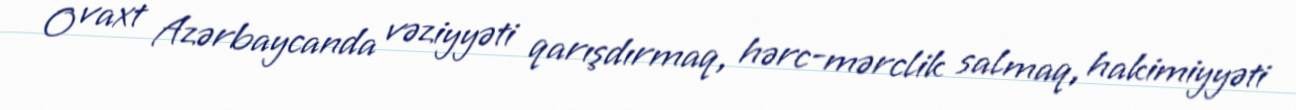
O vaxt Azərbaycanda vəziyyəti qarışdırmaq, hərc-mərclik salmaq, hakimiyyəti